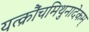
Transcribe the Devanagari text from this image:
यत्क्रौंचमिथुनादेकम्